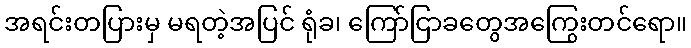
အရင်းတပြားမှ မရတဲ့အပြင် ရုံခ၊ ကြော်ငြာခတွေအကြွေးတင်ရော။